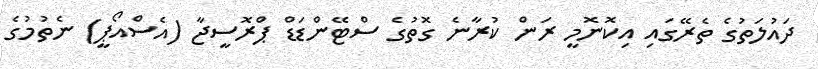
ދައުލަތުގެ ތެރޭގައި އިކޮނޮމީ ރަން ކުރާނެ ގޮތުގެ ސްޓޭންޑަޑް ޕްރޮސީޖާ (އެސްއޯޕީ) ނެތުމުގެ